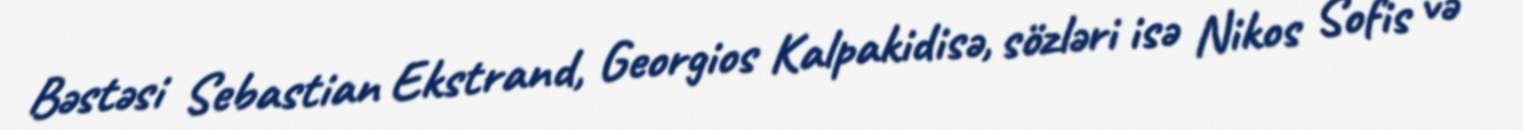
Bəstəsi Sebastian Ekstrand, Georgios Kalpakidisə, sözləri isə Nikos Sofis və